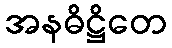
အနဓိဋ္ဌိတေ